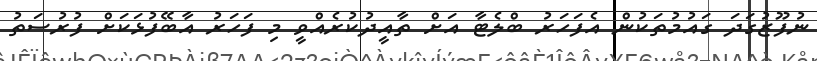
ނުފޫޒުގަދަ ގައުމުތަކުން އެފަހަރު ބްލެޓާ އަށް ތާއީދުކުރެއްވީ މި ފަހަރު އާބޭފުޅަކަށް ފުރުސަތު